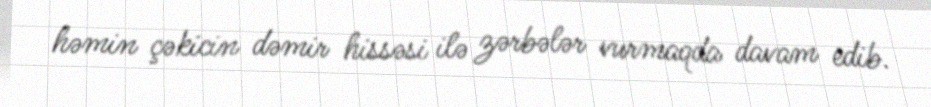
həmin çəkicin dəmir hissəsi ilə zərbələr vurmaqda davam edib.